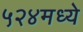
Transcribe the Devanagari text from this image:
५२४मध्ये